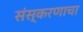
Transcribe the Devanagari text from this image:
संस्करणाचा